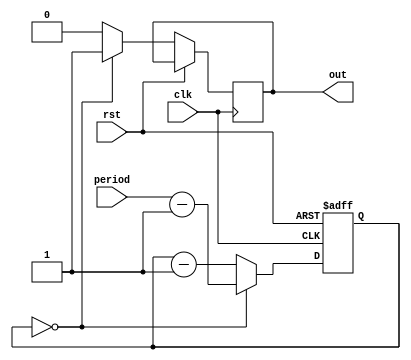
module timer32(
	input clk,
	input rst,
	input [31:0]period, //  
	output reg out); //  
	
	reg [31:0]counter;
	
	always @(posedge clk, posedge rst)
	if(rst)
		begin
		//   
		counter <= 0;
		end
	else
		//  ,  
		if(counter == 0)
			begin
				counter <= period - 1; //  +1
				out <= 1;
			end
		else
			//   
			begin
				counter <= counter - 1;
				out <= 0;
			end

endmodule